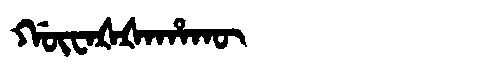
Manchu: ᡤᡡᠸᠠᡧᡧᠠᡥᠠᡴᡡ
Romanization: GŪWAŠŠAHAKŪ